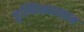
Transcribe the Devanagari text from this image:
जुल्फिखारखान